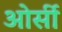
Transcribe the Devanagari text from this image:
ओर्सी